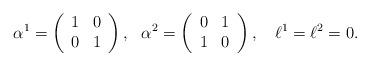
LaTeX: \begin{align*}\alpha^1=\left(\begin{array}{cc} 1 & 0\\ 0 & 1\end{array}\right),\ \ \alpha^2=\left(\begin{array}{cc} 0 & 1\\ 1 & 0\end{array}\right),\ \ \ \ell^1=\ell^2=0.\end{align*}